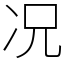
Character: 况